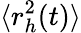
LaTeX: \langle r_{h}^{2}(t)\rangle